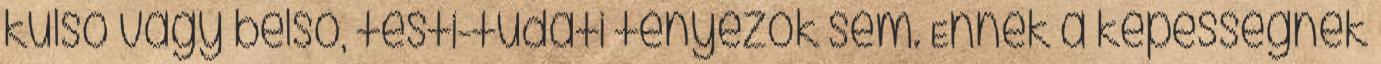
külső vagy belső, testi-tudati tényezők sem. Ennek a képességnek